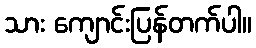
သား ကျောင်းပြန်တက်ပါ။